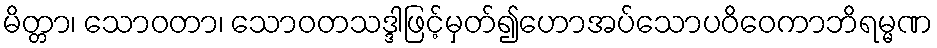
မိတ္တာ၊ သောဝတာ၊ သောဝတသဒ္ဒါဖြင့်မှတ်၍ဟောအပ်သောပဝိဝေကာဘိရမ္မဏ